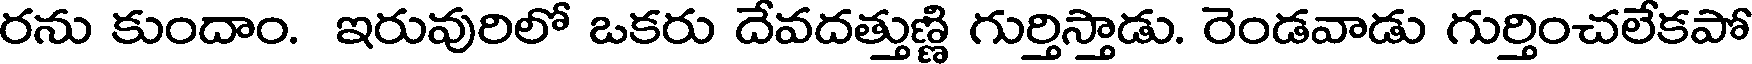
రను కుందాం. ఇరువురిలో ఒకరు దేవదత్తుణ్ణి గుర్తిస్తాడు. రెండవాడు గుర్తించలేకపో